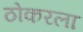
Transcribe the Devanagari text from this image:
ठोकरला